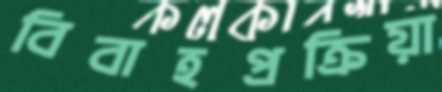
বিবাহপ্রক্রিয়া